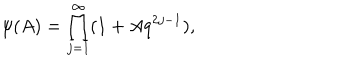
{ \label A } \psi ( A ) = \prod _ { j = 1 } ^ { \infty } ( 1 + A q ^ { 2 j - 1 } ) ,